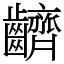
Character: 䶩